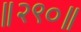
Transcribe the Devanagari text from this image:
॥२९०॥